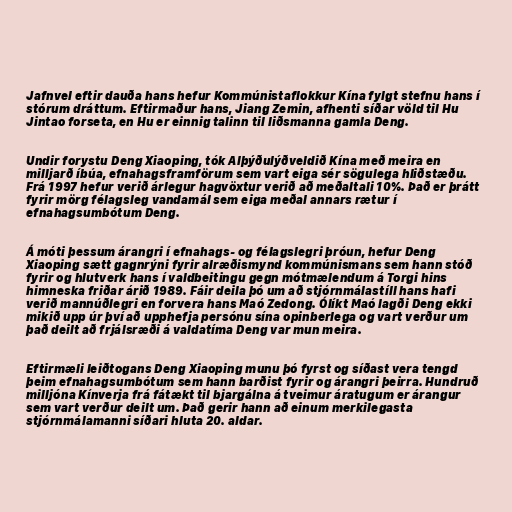
Jafnvel eftir dauða hans hefur Kommúnistaflokkur Kína fylgt stefnu hans í
stórum dráttum. Eftirmaður hans, Jiang Zemin, afhenti síðar völd til Hu
Jintao forseta, en Hu er einnig talinn til liðsmanna gamla Deng.

Undir forystu Deng Xiaoping, tók Alþýðulýðveldið Kína með meira en
milljarð íbúa, efnahagsframförum sem vart eiga sér sögulega hliðstæðu.
Frá 1997 hefur verið árlegur hagvöxtur verið að meðaltali 10%. Það er þrátt
fyrir mörg félagsleg vandamál sem eiga meðal annars rætur í
efnahagsumbótum Deng.

Á móti þessum árangri í efnahags- og félagslegri þróun, hefur Deng
Xiaoping sætt gagnrýni fyrir alræðismynd kommúnismans sem hann stóð
fyrir og hlutverk hans í valdbeitingu gegn mótmælendum á Torgi hins
himneska friðar árið 1989. Fáir deila þó um að stjórnmálastíll hans hafi
verið mannúðlegri en forvera hans Maó Zedong. Ólíkt Maó lagði Deng ekki
mikið upp úr því að upphefja persónu sína opinberlega og vart verður um
það deilt að frjálsræði á valdatíma Deng var mun meira.

Eftirmæli leiðtogans Deng Xiaoping munu þó fyrst og síðast vera tengd
þeim efnahagsumbótum sem hann barðist fyrir og árangri þeirra. Hundruð
milljóna Kínverja frá fátækt til bjargálna á tveimur áratugum er árangur
sem vart verður deilt um. Það gerir hann að einum merkilegasta
stjórnmálamanni síðari hluta 20. aldar.